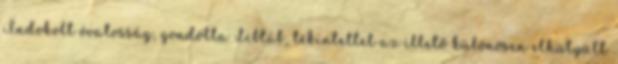
Indokolt óvatosság, gondolta Libláb, tekintettel az illető különösen elhülyült